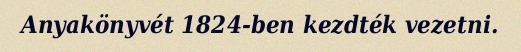
Anyakönyvét 1824-ben kezdték vezetni.